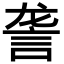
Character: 詟